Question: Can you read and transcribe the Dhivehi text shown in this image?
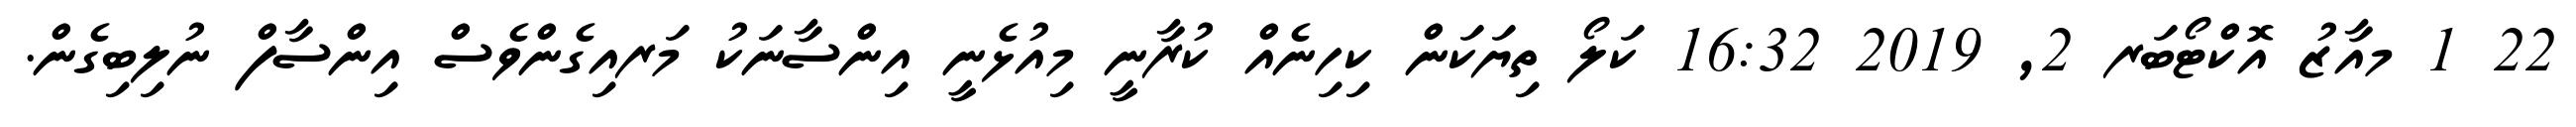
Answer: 22 1 މއާޒު އޮކްޓޯބަރ 2, 2019 16:32 ކަލޯ ތިޔަކަން ކިހިނެއް ކުރާނީ މިއުޅެނީ އިންސާނަކު މަރއިގެންވެސް އިންސާފް ނުލިބިގެން.